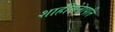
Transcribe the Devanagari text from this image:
शाहीसेनापति